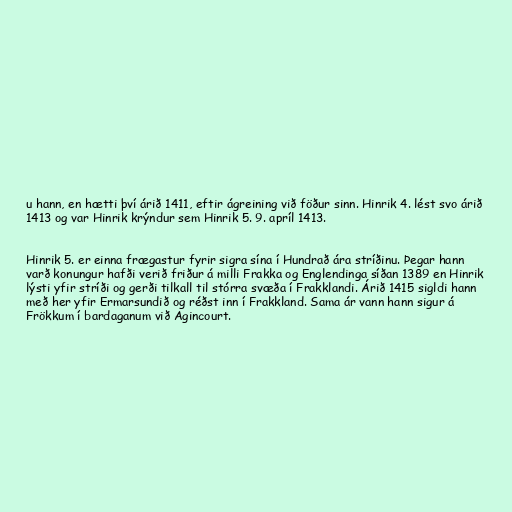
u hann, en hætti því árið 1411, eftir ágreining við föður sinn. Hinrik 4. lést svo árið
1413 og var Hinrik krýndur sem Hinrik 5. 9. apríl 1413.

Hinrik 5. er einna frægastur fyrir sigra sína í Hundrað ára stríðinu. Þegar hann
varð konungur hafði verið friður á milli Frakka og Englendinga síðan 1389 en Hinrik
lýsti yfir stríði og gerði tilkall til stórra svæða í Frakklandi. Árið 1415 sigldi hann
með her yfir Ermarsundið og réðst inn í Frakkland. Sama ár vann hann sigur á
Frökkum í bardaganum við Agincourt.